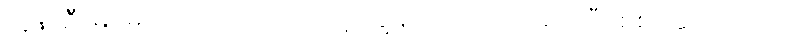
လူနာဦးမြမောင် ရောက်လာတော့ ကျွန်တော် လက်ခံယူပြီး စစ်ဆေးပါတယ်။